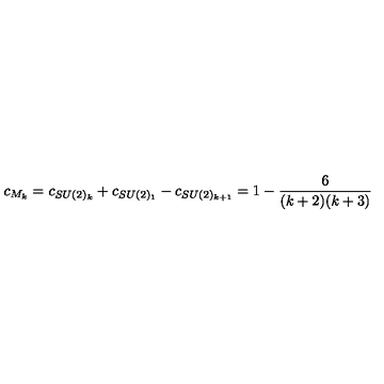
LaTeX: c _ { M _ { k } } = c _ { S U ( 2 ) _ { k } } + c _ { S U ( 2 ) _ { 1 } } - c _ { S U ( 2 ) _ { k + 1 } } = 1 - \frac { 6 } { ( k + 2 ) ( k + 3 ) }